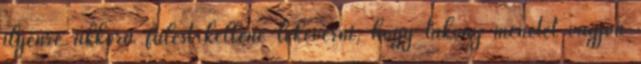
ilyenre akkora fülest kellene lekeverni, hogy takony menetet vágjon